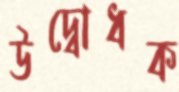
উদ্বোধক